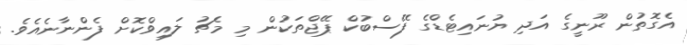
އެގޮތުން ރޫނީގެ އަދި ޔުނައިޓެޑްގެ ފޭސްބުކް ޕޭޖްތަކުން މި މެޗު ލައިވްކޮށް ފެންނާނެއެވެ.